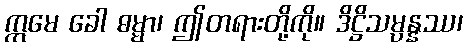
ဣမေ ခေါ ဓမ္မာ၊ ဤတရားတို့ကို။ ဒိဋ္ဌိသမ္ပန္နဿ၊